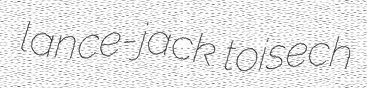
lance-jack toisech